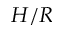
H / R